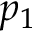
p _ { 1 }